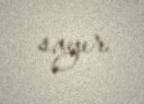
sayır.